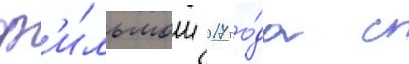
ф'и́льмом 2017 го́да с